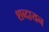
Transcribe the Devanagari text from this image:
शब्दायन